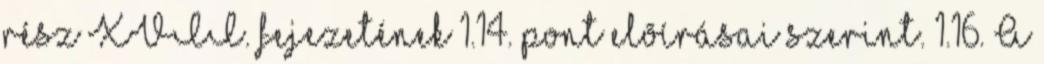
rész XVII. fejezetének 1.14. pont elõírásai szerint. 1.16. A